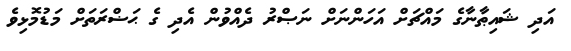
އަދި ޝައިޠާނާގެ މައްޗަށް އަހަންނަށް ނަޞްރު ދެއްވުން އެދި ގެ ޙަޟްރަތަށް މަޑުމޮޅިވެ